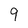
Character: 9